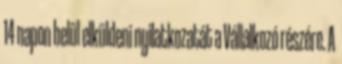
14 napon belül elküldeni nyilatkozatát a Vállalkozó részére. A